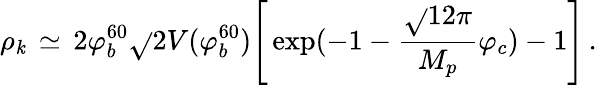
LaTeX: \rho_{\mathit{k}}\, \simeq\, 2\varphi_{b}^{60}\sqrt{}{{2V(\varphi_{b}^{60})}}\Biggr[\exp(-1-\frac{{\sqrt{}{{12\pi}}}}{{M_{p}}}\varphi_{c})-1\Biggr]\, .